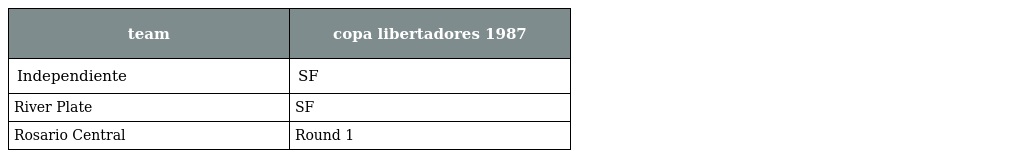
| team | copa libertadores 1987 |
 | --- | --- |
 | Independiente | SF |
 | River Plate | SF |
 | Rosario Central | Round 1 |